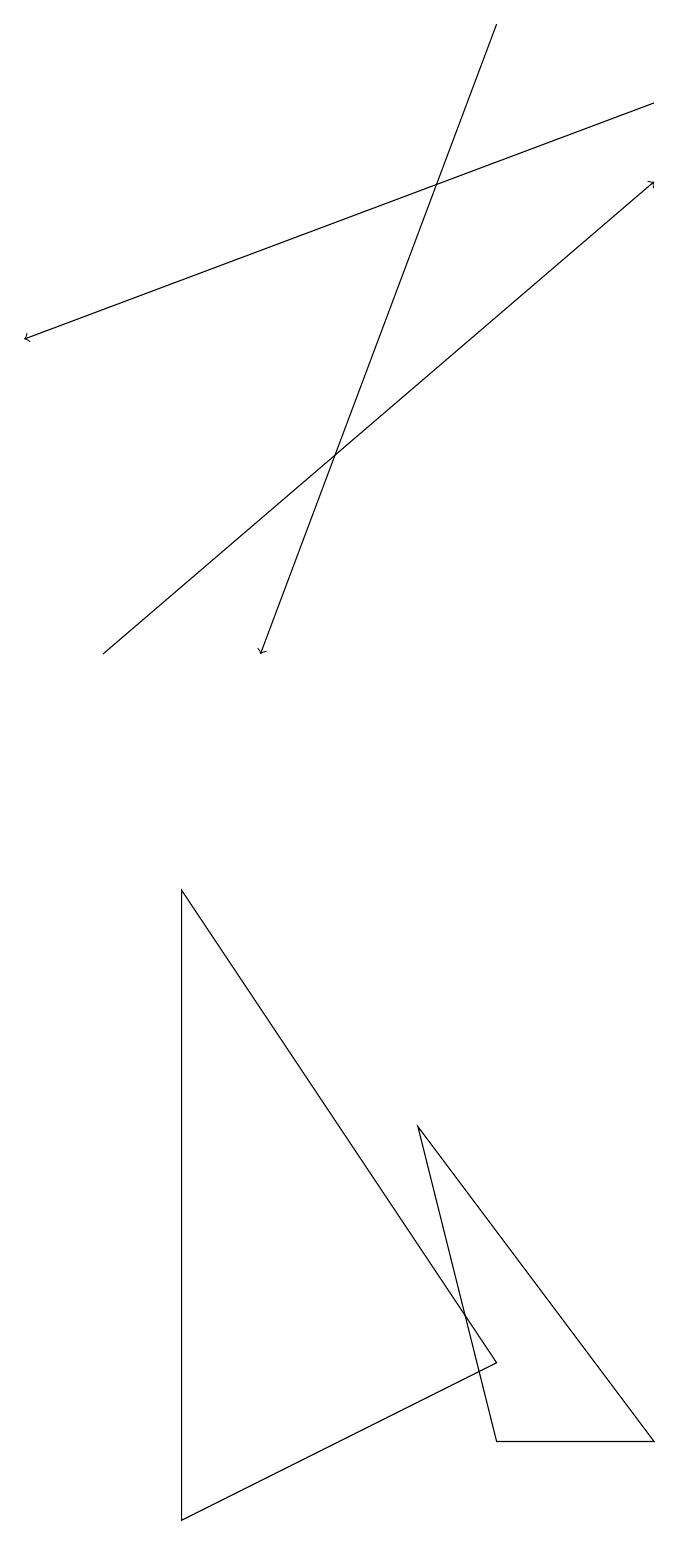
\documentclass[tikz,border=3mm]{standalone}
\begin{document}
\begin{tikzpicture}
\draw[->] (9,18) -- (1,15);
\draw (7,1) -- (6,5) -- (9,1) -- cycle;
\draw (7,2) -- (3,8) -- (3,0) -- cycle;
\draw[->] (7,19) -- (4,11);
\draw[->] (2,11) -- (9,17);
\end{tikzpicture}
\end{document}